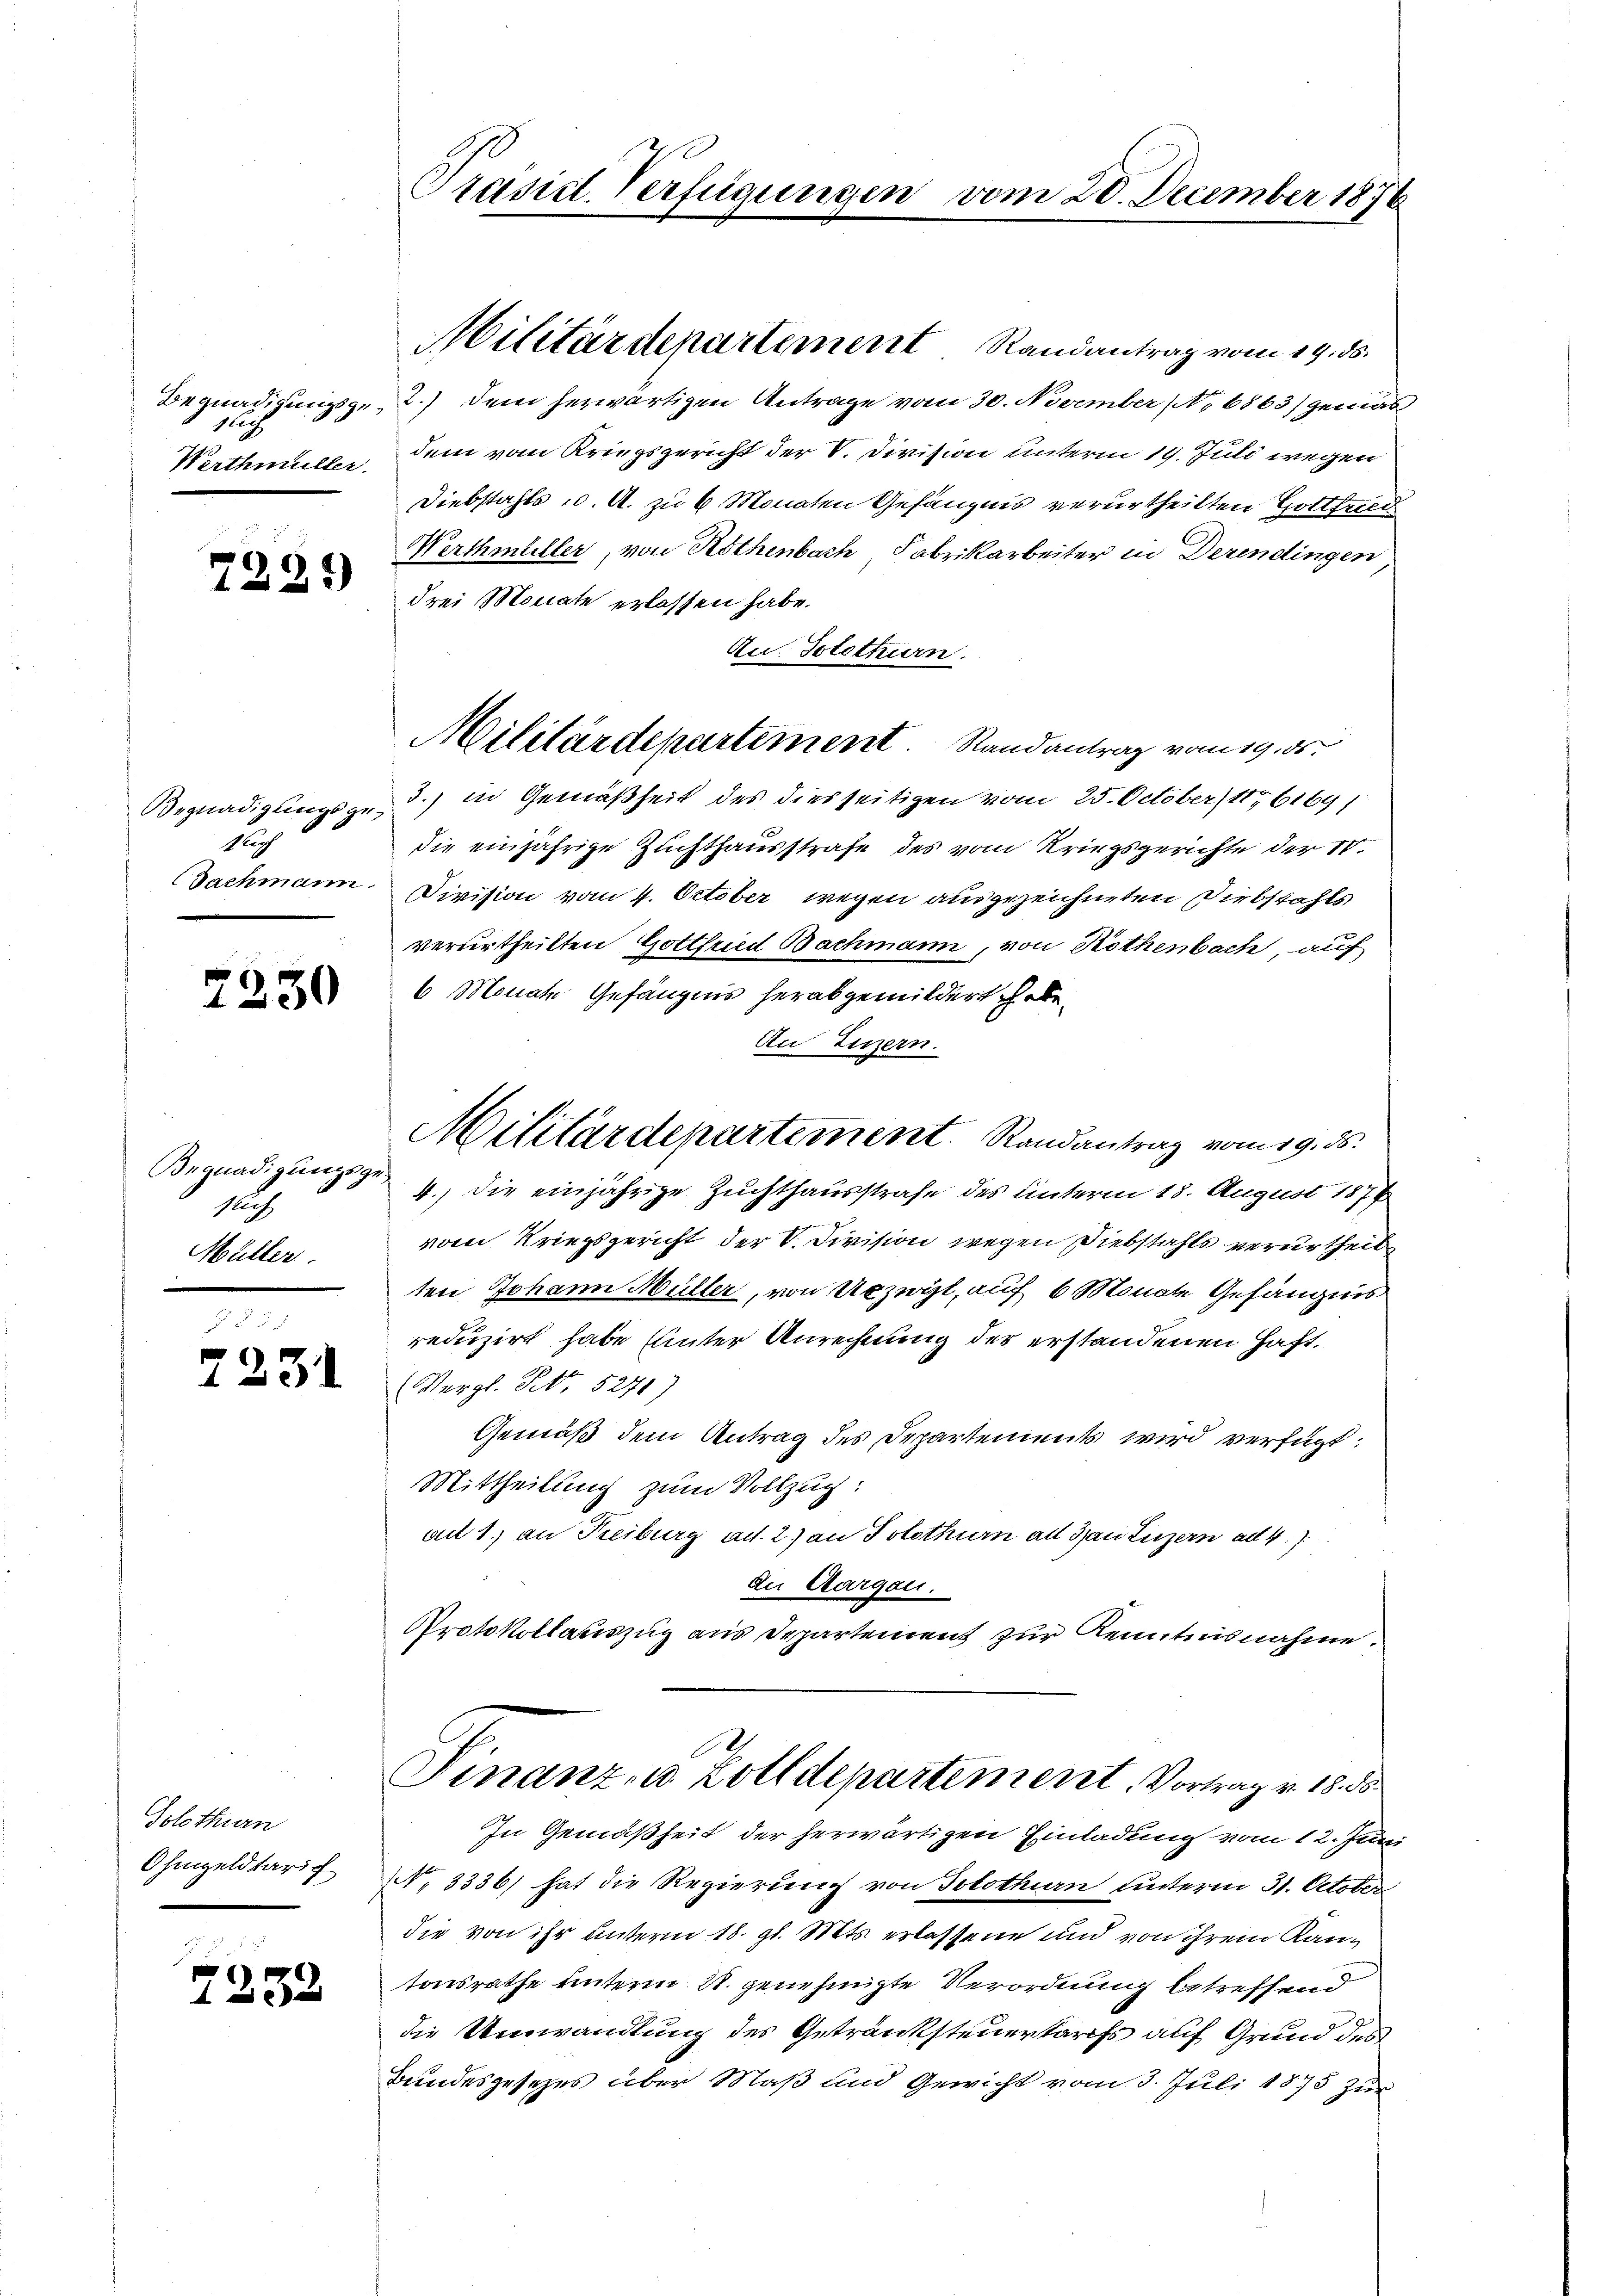
1
Werthmüller.

7221)

Begnadigungsge-
Nach
Dachmann.

2250

Begnadigungsge¬
1
Müller.

2231

Solothurn
Ohmgeldtarif

7252

Begnadigungsg.- 2.) Dem herwärtigen Antrage vom 30. November (No 6863/ gemäs
dem vom Kriegsgericht der V. Division unterm 19. Juli wegen
Diebstahls u. A. zu 6 Monaten Gefängnis verurtheilten Gottfried
Werthmüller, von Rothenbach, Fabrikarbeiter in Derendingen
drei Monate erlassen habe.
An. Solothurn.
3.) in Gemäßheit des diesseitigen vom 25. October 1876169)
die einjährige Zuchthausstrafe des vom Kriegsgerichte der IV.
Division vom 4. October wegen ausgezeichneten Diebstahls
verurtheilten Gottfried Bachmann, von Rothenbach auf
6 Monat Gefängnis herabgemildert habe¬
An Luzern.
Militärdepartement. Randantrag vom 19. ds.
4.) die einjährige Zuchthausstrafe des unterm 18. August 1876
vom Kriegsgericht der V. Division wegen Diebstahls verurtheilt
ten Johann Müller, von Urzeit, auf 6 Monate Gefängnis
reduzirt habe Unter Anrechnung der erstandenen Haft¬
Vergl. S. 5271)
Gemäß dem Antrag des Departements wird verfügt:
Mittheilung zum Vollzug:
au 1) an Kreiburg ad 2) an Solothurn all an Luzern ad 4
de Aargau.
Protokollauszug aus Departement zur Kenntnisnahme.

Präsid. Verfügungen

Militärdepartement Randantrag vom 19. ds.

Militärdepartement. Randantrag vom 19. ds.

vom 20. December 1870

NNo. 3336) hat die Regierung von Solothurn unterm 31. October
die von ihr unterm 18. gl. Mts. erlassene und von ihrem Rantonsrathe unterm 21. genehmigte Verordnung betreffend
die Umwandlung des Getränksteuertarifs auf Grund des
Bundesgesezes über Maß und Gewicht vom 3. Juli 1873 zur

Finanz, u. Zolldepartement, Vortrag v. 18. d
In Gemäßheit der herwärtigen Einladung vom 12. Juni